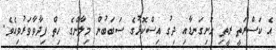
އެ ކަސްރަތީ ރީތި ހަށިގަނޑާއި ދިގު އިސްކޮޅުގެ ސަބަބުން މިލާންގެ ހިތް ފިދާވާވަރުވިއެވެ.